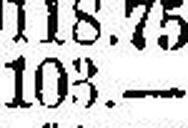
103.—